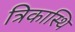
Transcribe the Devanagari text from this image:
त्रिकास्थि